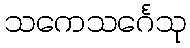
သကေသင်္ဂေသု